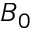
B _ { 0 }